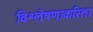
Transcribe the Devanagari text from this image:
विश्लेषणाकरिता